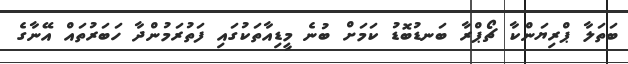
ބަތަލާ ޕްރިޔަންކާ ޗޯޕްރާ ބަނޑުބޮޑު ކަމަށް ބުނެ މީޑިއާތަކުގައި ފަތުރަމުންދާ ހަބަރުތައް އޭނާގެ